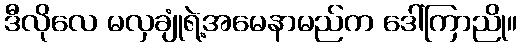
ဒီလိုလေ မလှချုံရဲ့အမေနာမည်က ဒေါ်ကြာညို။